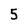
Character: 5